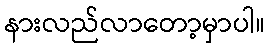
နားလည်လာတော့မှာပါ။